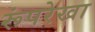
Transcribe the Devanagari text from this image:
रूंपरेखा